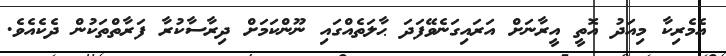
އެމެރިކާ މިއަދު އޮތީ އީރާނަށް އަރައިގަނެވޭފަދަ ޙާލަތެއްގައި ނޫންކަމަށް ދިރާސާކުރާ ފަރާތްތަކުން ދެކެއެވެ.